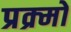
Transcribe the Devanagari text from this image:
प्रक्र्मों